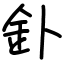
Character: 釙